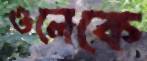
ওলেকে